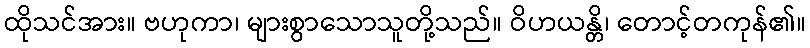
ထိုသင်အား။ ဗဟုကာ၊ များစွာသောသူတို့သည်။ ဝိဟယန္တိ၊ တောင့်တကုန်၏။